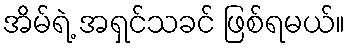
အိမ်ရဲ့ အရှင်သခင် ဖြစ်ရမယ်။